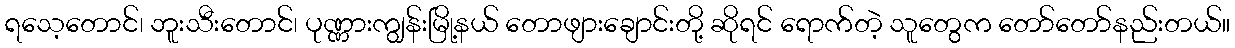
ရသေ့တောင်၊ ဘူးသီးတောင်၊ ပုဏ္ဏားကျွန်းမြို့နယ် တောဖျားချောင်းတို့ ဆိုရင် ရောက်တဲ့ သူတွေက တော်တော်နည်းတယ်။